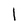
Character: l